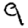
Digit: 9